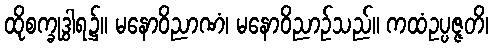
ထိုစက္ခုဒွါရ၌။ မနောဝိညာဏံ၊ မနောဝိညာဉ်သည်။ ကထံဥပ္ပဇ္ဇတိ၊